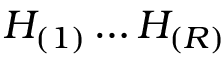
H _ { ( 1 ) } \ldots H _ { ( R ) }